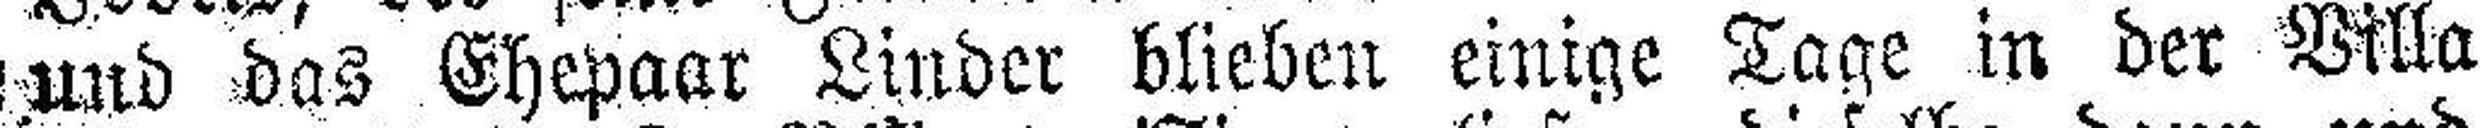
und das Ehepaar Linder blieben einige Tage in der Villa